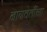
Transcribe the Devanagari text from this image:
नागवेलींच्या